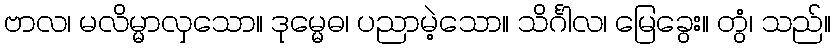
ဗာလ၊ မလိမ္မာလှသော။ ဒုမ္မေဓ၊ ပညာမဲ့သော။ သိင်္ဂါလ၊ မြေခွေး။ တွံ၊ သည်။